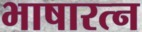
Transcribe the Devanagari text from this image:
भाषारत्न